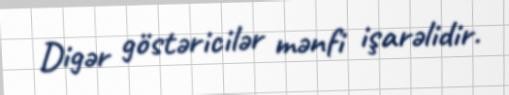
Digər göstəricilər mənfi işarəlidir.